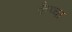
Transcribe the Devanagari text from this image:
कैप्चा